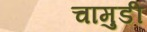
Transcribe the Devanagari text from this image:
चामुडी